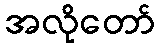
အလိုတော်